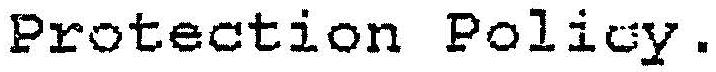
PROTECTION POLICY.